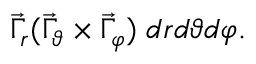
\vec { \Gamma } _ { r } ( \vec { \Gamma } _ { \vartheta } \times \vec { \Gamma } _ { \varphi } ) \; d r d \vartheta d \varphi .